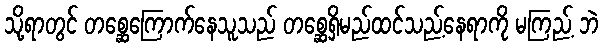
သို့ရာတွင် တစ္ဆေကြောက်နေသူသည် တစ္ဆေရှိမည်ထင်သည့်နေရာကို မကြည့် ဘဲ